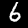
Digit: 6